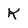
Character: K